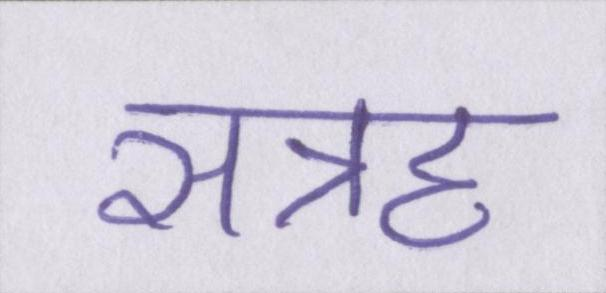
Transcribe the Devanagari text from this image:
सत्रह